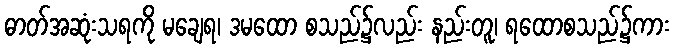
ဓာတ်အဆုံးသရကို မချေရ၊ ဒမထော စသည်၌လည်း နည်းတူ၊ ရထောစသည်၌ကား